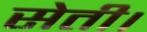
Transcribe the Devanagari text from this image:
सेती।